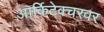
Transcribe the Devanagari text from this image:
आर्किटेक्चरवर